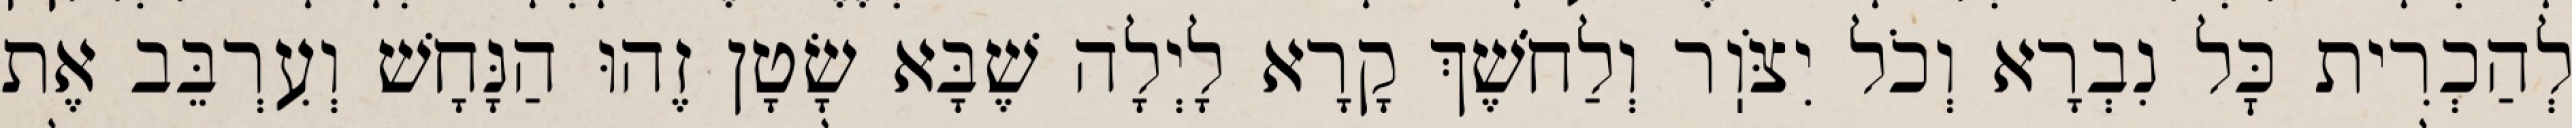
לְהַכְרִית כׇּל נִבְרָא וְכֹל יִצֹּוֽר וְלַחֹשֶׁךְ קָרָא לָיְלָה שֶׁבָּא שָׂטָן זֶהוּ הַנָּחָשׁ וְעִרְבֵּב אֶת